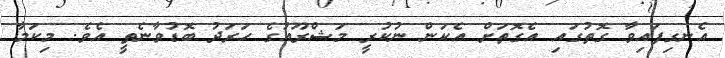
އެނގިފައިވާ ގޮތުގައި އެގޮތަށް އެކަން ނުކުރީ މަޝްރޫއުގެ ހަރަދު ބޮޑުވާނެތީ އެވެ. މިކަމާ